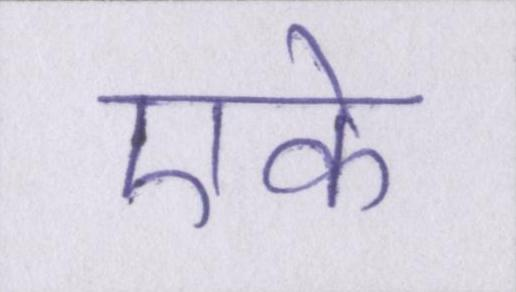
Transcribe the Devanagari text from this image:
एके